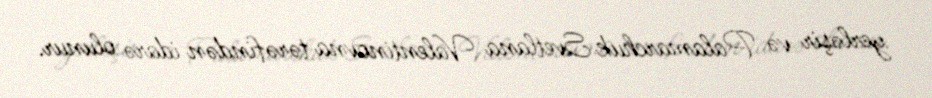
yerləşir və Palamarchuk Svetlana Valentinovna tərəfindən idarə olunur.